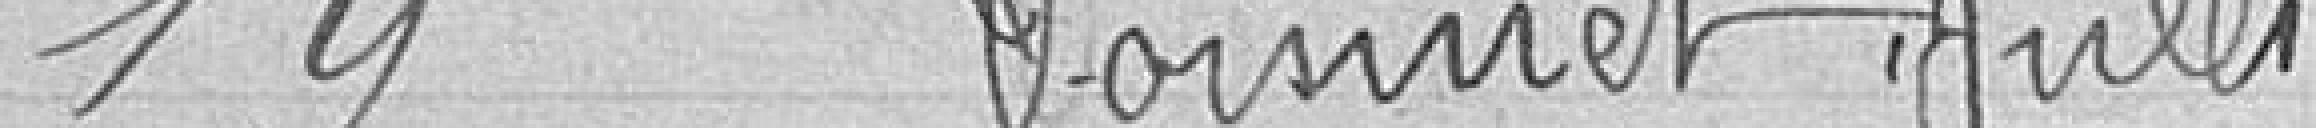
19. VOISINET Jules